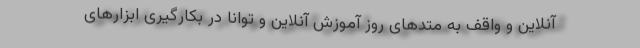
آنلاین و واقف به متدهای روز آموزش آنلاین و توانا در بکارگیری ابزارهای